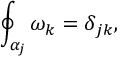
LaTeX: \oint _ { \alpha _ { j } } \omega _ { k } = \delta _ { j k } ,